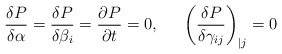
\begin{align*}\frac{\delta P}{\delta\alpha}= \frac{\delta P}{\delta\beta_i} =\frac{\partial P}{\partial t} = 0,~~~~\left(\frac{\delta P}{\delta\gamma_{ij}}\right)_{| j}=0\end{align*}